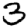
Digit: 3